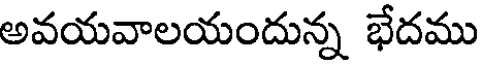
అవయవాలయందున్న భేదము